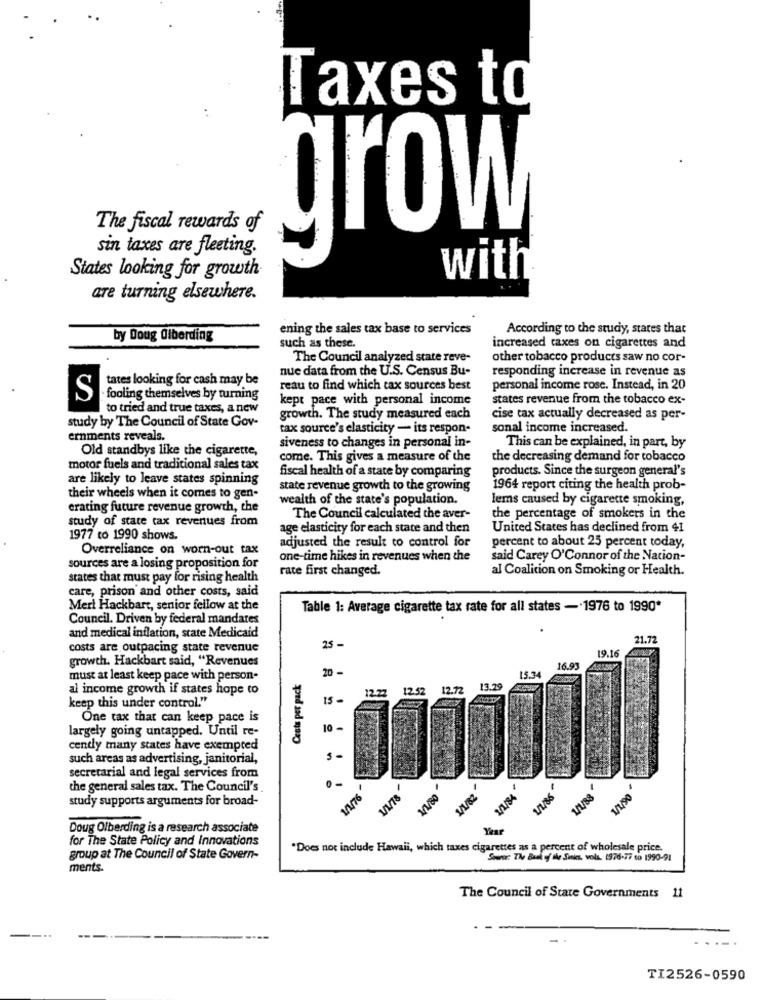
Taxes to
The fiscal rewards of
grow
sin taxes are fleeting.
with
States looking for growth
are turning elsewhere.
ening the sales tax base to services
According to the study, states that
by Doug alberding
such as these.
increased taxes ou cigarettes and
The Council analyzed state reve-
other tobacco products saw no cor-
nue data from the U.S. Census Bu-
responding increase in revenue as
tates looking for cash may be
reau to find which tax sources best
personal income rose. Instead, in 20
S
fooling themselves by turning
kept pace with personal income
states revenue from the tobacco ex-
to tried and true taxes, a new
study by The Council of State Gov-
growth. The study measured each
cise tax actually decreased as per-
tax source's elasticity - its respon-
sonal income increased.
ernments reveals.
This can be explained, in part, by
Old standbys like the cigarette,
siveness to changes in personal in-
come. This gives a measure of the
the decreasing demand for tobacco
motor fuels and traditional sales tax
products. Since the surgeon general's
are likely to leave states spinning
fiscal health of a state by comparing
state revenue growth to the growing
1964 report citing the health prob-
their wheels when it comes to gen-
wealth of the state's population.
lems caused by cigarette smoking,
erating future revenue growth, the
study of state tax revenues from
The Council calculated the aver-
the percentage of smokers in the
age elasticity for each state and then
United States has declined from 41
1977 to 1990 shows.
adjusted the result to control for
Overreliance on worn-out tax
percent to about 25 percent today,
one-time hikes in revenues when the
said Carey O'Connor of the Nation-
sources are a losing proposition for
rate first changed.
al Coalition on Smoking or Health.
states that must pay for rising health
care, prison and other costs, said
Mert Hackbart, senior fellow at the
Table 1: Average cigarette tax rate for all states -1976 to 1990*
Council. Driven by federal mandates
and medical inflation, state Medicaid
21.72
costs are outpacing state revenue
25 -
19.16
growth. Hackbart said, "Revenues
20
16.93
must at least keep pace with person-
Ceuta per pack
15.34
al income growth if states hope to
12.22
12.52
12.72
13.29
15 -
keep this under control."
One tax that can keep pace is
largely going untapped. Until re-
10-
cently many states have exempted
such areas as advertising, janitorial,
secretarial and legal services from
the general sales tax. The Council's
10/76
1/190
study supports arguments for broad-
1/1/80
Doug Olberding is a research associate
for The State Policy and Innovations
"Does not include Hawaii, which taxes cigarettes as a percent of wholesale price.
group at The Council of State Govern-
Stwor: The Bank of fle Sitics, volt. 1976-77 to 1990-91
ments.
The Council of State Governments 11
TI2526-0590